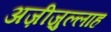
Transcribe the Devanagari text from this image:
अज़ीज़ुल्लाह